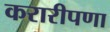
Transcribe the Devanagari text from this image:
करारीपणा